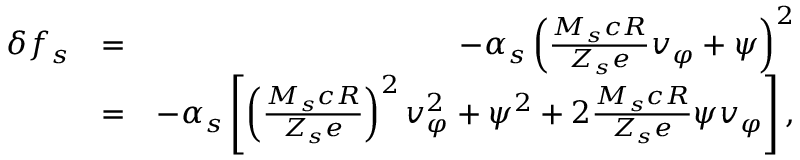
\begin{array} { r l r } { \delta f _ { s } } & { = } & { - \alpha _ { s } \left( \frac { M _ { s } c R } { Z _ { s } e } v _ { \varphi } + \psi \right) ^ { 2 } } \\ & { = } & { - \alpha _ { s } \left[ \left( \frac { M _ { s } c R } { Z _ { s } e } \right) ^ { 2 } v _ { \varphi } ^ { 2 } + \psi ^ { 2 } + 2 \frac { M _ { s } c R } { Z _ { s } e } \psi v _ { \varphi } \right] , } \end{array}